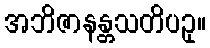
အဘိဇာနန္တသတိပဥှ။